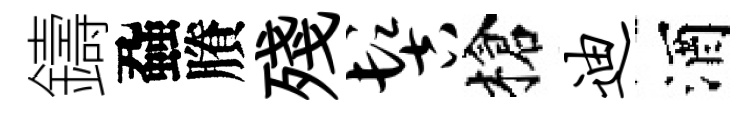
鑄蝨賸殘髻槍迪酒